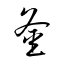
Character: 釡